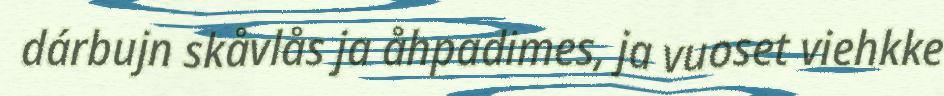
dárbujn skåvlås ja åhpadimes, ja vuoset viehkke